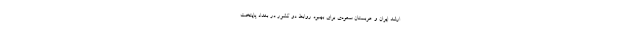
ارشد ایران و عربستان سعودی برای بهبود روابط دو کشور در بغداد پایتخت